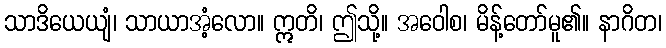
သာဒိယေယျံ၊ သာယာအံ့လော။ ဣတိ၊ ဤသို့။ အဝေါစ၊ မိန့်တော်မူ၏။ နာဂိတ၊